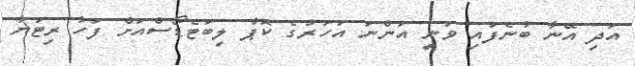
އަދި އޭނާ ބުނެފައި ވަނީ އަންނަ އަހަރުގެ ކޮޕާ ލިބަޓެޑޯސްއަށް ފަހު ރިޓަޔާ